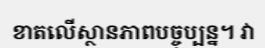
ខាតលើស្ថានភាពបច្ចុប្បន្ន។ វា